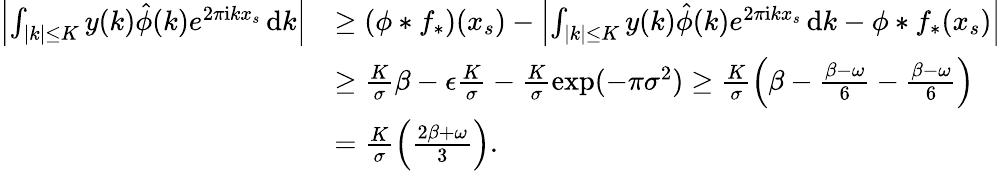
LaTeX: \begin{array}{rl}{\left|\int_{|k|\le K}y(k)\hat{\phi}(k)e^{2\pi\mathrm{i}kx_{s}}\, \mathrm{d}k\right|}&{\ge(\phi*f_{*})(x_{s})-\left|\int_{|k|\le K}y(k)\hat{\phi}(k)e^{2\pi\mathrm{i}kx_{s}}\, \mathrm{d}k-\phi*f_{*}(x_{s})\right|}\\ &{\ge\frac{K}{\sigma}\beta-\epsilon\frac{K}{\sigma}-\frac{K}{\sigma}\exp(-\pi\sigma^{2})\ge\frac{K}{\sigma}\left(\beta-\frac{\beta-\omega}{6}-\frac{\beta-\omega}{6}\right)}\\ &{=\frac{K}{\sigma}\left(\frac{2\beta+\omega}{3}\right).}\end{array}